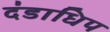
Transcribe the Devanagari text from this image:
दंडाधिप